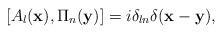
LaTeX: \begin{align*}[A_l({\bf x}),\Pi_n({\bf y})] = i\delta_{ln}\delta({\bf x-y}),\end{align*}